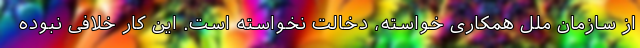
از سازمان ملل همکاری خواسته، دخالت نخواسته است. این کار خلافی نبوده